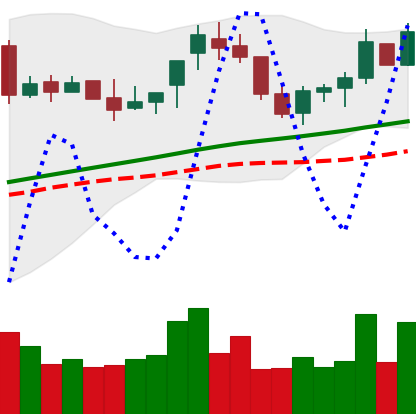
Ticker: BNB-USD
Chart end date: 2018-04-23
Forward return: 11.558%
Label: up_7plus